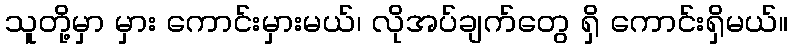
သူတို့မှာ မှား ကောင်းမှားမယ်၊ လိုအပ်ချက်တွေ ရှိ ကောင်းရှိမယ်။